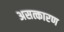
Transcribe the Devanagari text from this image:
असत्कारण